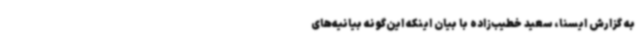
به گزارش ایسنا، سعید خطیب‌زاده با بیان اینکه این‌گونه بیانیه‌های